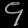
Digit: ၄